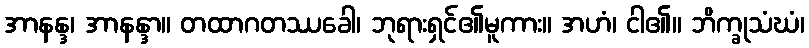
အာနန္ဒ၊ အာနန္ဒာ။ တထာဂတဿခေါ၊ ဘုရားရှင်၏မူကား။ အဟံ၊ ငါ၏။ ဘိက္ခုသံဃံ၊